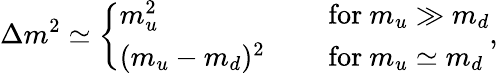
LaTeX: \Delta m^{2}\simeq\left\{ \begin{array}{ll}{{m_{u}^{2}}}&{{\quad\mathrm{~for~}m_{u}\gg m_{d}}}\\ {{(m_{u}-m_{d})^{2}}}&{{\quad\mathrm{~for~}m_{u}\simeq m_{d}}}\end{array}\right.,